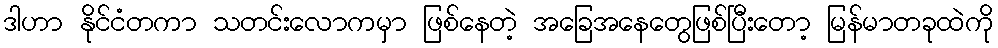
ဒါဟာ နိုင်ငံတကာ သတင်းလောကမှာ ဖြစ်နေတဲ့ အခြေအနေတွေဖြစ်ပြီးတော့ မြန်မာတခုထဲကို